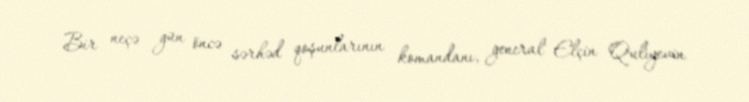
Bir neçə gün öncə sərhəd qoşunlarının komandanı, general Elçin Quliyevin